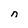
Character: n